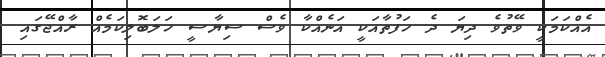
އެއްކަމަކީ ވޭތުވެ ދިޔަ ދެ ހަފުތާއަކީ އަނެއްކާ ވެސް ސިޔާސީ ހަލަބޮލިކަމެއް ރާއްޖޭގައި